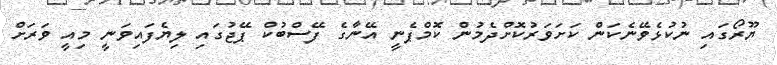
ޔޫރޯގައި ނުކުޅެވޭނެކަން ކަށަވަރުކޮށްދެމުން ކޮމްޕެނީ އޭނާގެ ފޭސްބުކް ޕޭޖުގައި ލިޔެފައިވަނީ މިއީ ވަރަށް